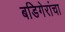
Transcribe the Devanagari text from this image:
बडिगेरांचा